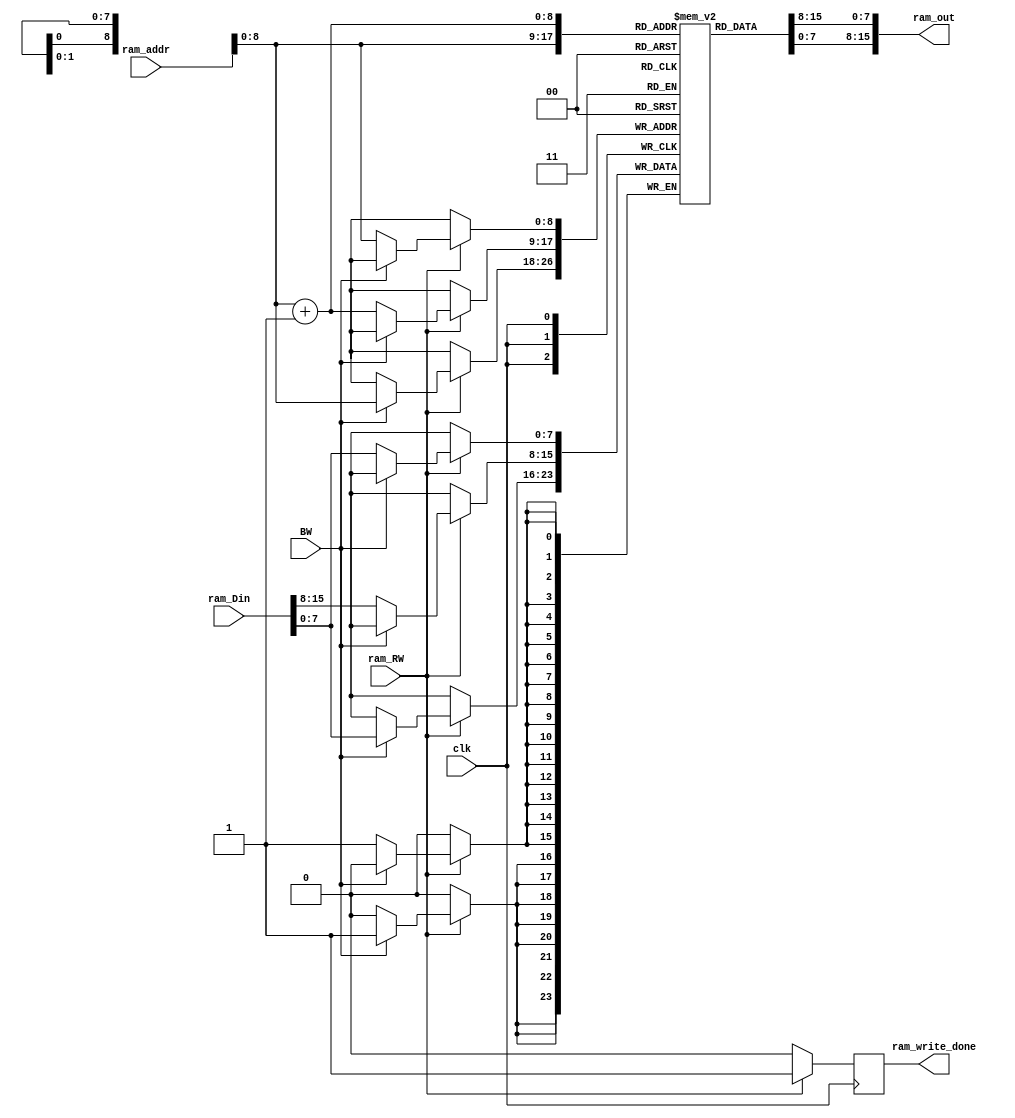
module ram
  (input clk,
   input [15:0]  ram_addr,
   input [15:0]  ram_Din,
   input         ram_RW,
   input         BW,
   output reg    ram_write_done,
   output [15:0] ram_out);

   parameter  BOUND_U = 16'h0400,
              BOUND_L = 16'h0200;
   localparam SIZE    = BOUND_U - BOUND_L;

   // 512 bytes of RAM
   reg [7:0]     mem_ram [SIZE-1:0];
   // initial 
   //   begin
   //      $readmemh("test_ram.mem",mem_ram,0);
   //      // $readmemh("mems/clear.mem",mem_ram,59);
   //   end  

   // Double fetch for 16-bits
   assign ram_out = {mem_ram[ram_addr+1],mem_ram[ram_addr]};

   always @ (posedge clk)
     begin
        if (ram_RW)
          begin
             ram_write_done<=1'b1;
             if (~BW)
               {mem_ram[ram_addr+1],mem_ram[ram_addr]} <= ram_Din;
             else
               mem_ram[ram_addr] <= ram_Din;
          end
        else
          ram_write_done<=1'b0;
     end  
   
       
       
   

endmodule